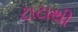
ટાટાથી